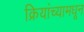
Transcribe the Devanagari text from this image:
क्रियांच्यामधून